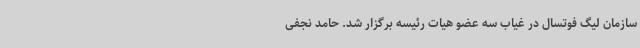
سازمان لیگ فوتسال در غیاب سه عضو هیات رئیسه برگزار شد. حامد نجفی